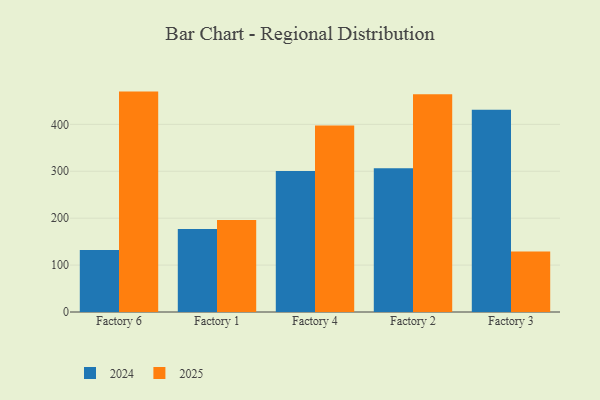
{"axis": {"x": "Factory", "y": "Waste Production (Tons)"}, "legend": ["2024", "2025"], "data": [{"x": "Factory 6", "y": 469.8, "type": "2025"}, {"x": "Factory 6", "y": 131.9, "type": "2024"}, {"x": "Factory 1", "y": 196.3, "type": "2025"}, {"x": "Factory 1", "y": 176.9, "type": "2024"}, {"x": "Factory 4", "y": 397.5, "type": "2025"}, {"x": "Factory 4", "y": 300.8, "type": "2024"}, {"x": "Factory 2", "y": 464.0, "type": "2025"}, {"x": "Factory 2", "y": 306.5, "type": "2024"}, {"x": "Factory 3", "y": 129.2, "type": "2025"}, {"x": "Factory 3", "y": 430.9, "type": "2024"}]}